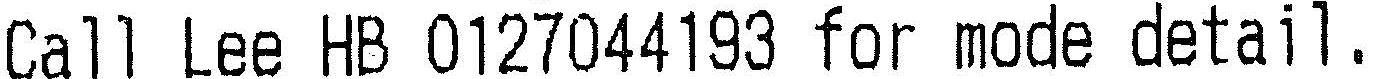
CALL LEE HB 0127044193 FOR MODE DETAIL.